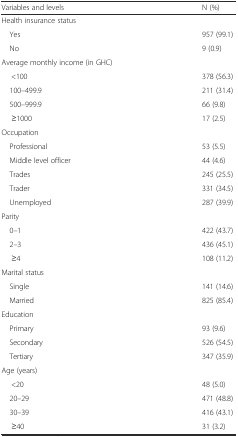
<table><thead><tr><td><b>Variables and levels</b></td><td><b>N (%)</b></td></tr></thead><tbody><tr><td colspan="2">Health insurance status</td></tr><tr><td> Yes</td><td>957 (99.1)</td></tr><tr><td> No</td><td>9 (0.9)</td></tr><tr><td colspan="2">Average monthly income (in GHC)</td></tr><tr><td>&lt;100</td><td>378 (56.3)</td></tr><tr><td> 100–499.9</td><td>211 (31.4)</td></tr><tr><td> 500–999.9</td><td>66 (9.8)</td></tr><tr><td>≥1000</td><td>17 (2.5)</td></tr><tr><td colspan="2">Occupation</td></tr><tr><td> Professional</td><td>53 (5.5)</td></tr><tr><td> Middle level officer</td><td>44 (4.6)</td></tr><tr><td> Trades</td><td>245 (25.5)</td></tr><tr><td> Trader</td><td>331 (34.5)</td></tr><tr><td> Unemployed</td><td>287 (39.9)</td></tr><tr><td colspan="2">Parity</td></tr><tr><td> 0–1</td><td>422 (43.7)</td></tr><tr><td> 2–3</td><td>436 (45.1)</td></tr><tr><td>≥4</td><td>108 (11.2)</td></tr><tr><td colspan="2">Marital status</td></tr><tr><td> Single</td><td>141 (14.6)</td></tr><tr><td> Married</td><td>825 (85.4)</td></tr><tr><td colspan="2">Education</td></tr><tr><td> Primary</td><td>93 (9.6)</td></tr><tr><td> Secondary</td><td>526 (54.5)</td></tr><tr><td> Tertiary</td><td>347 (35.9)</td></tr><tr><td colspan="2">Age (years)</td></tr><tr><td>&lt;20</td><td>48 (5.0)</td></tr><tr><td> 20–29</td><td>471 (48.8)</td></tr><tr><td> 30–39</td><td>416 (43.1)</td></tr><tr><td>≥40</td><td>31 (3.2)</td></tr></tbody></table>